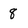
Character: 8